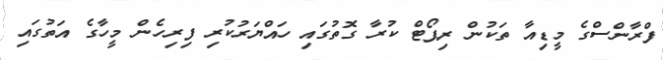
ފްރާންސްގެ މީޑިއާ ތަކުން ރިޕޯޓް ކުރާ ގޮތުގައި ހައްޔަރުކުރި ފިރިހެން މީހާގެ އަތުގައި